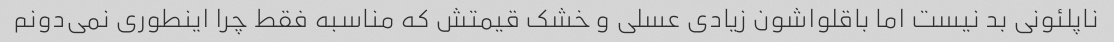
ناپلئونی بد نیست اما باقلواشون زیادی عسلی و خشک قیمتش که مناسبه فقط چرا اینطوری نمی‌دونم